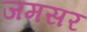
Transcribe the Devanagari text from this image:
जमसर